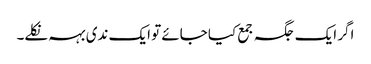
اگر ایک جگہ جمع کیا جائے تو ایک ندی بہہ نکلے۔